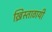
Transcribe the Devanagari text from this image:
ख्रिस्ताठायी